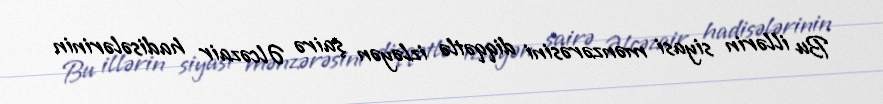
Bu illərin siyasi mənzərəsini diqqətlə izləyən şairə Əlcəzair hadisələrinin